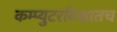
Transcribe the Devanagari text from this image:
कम्प्युटरविश्वातच